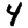
Digit: 4